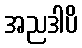
အညဒါပိ